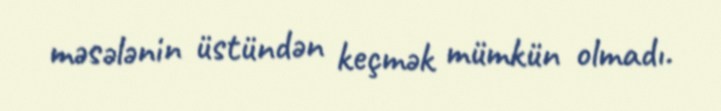
məsələnin üstündən keçmək mümkün olmadı.